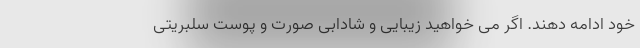
خود ادامه دهند. اگر می خواهید زیبایی و شادابی صورت و پوست سلبریتی